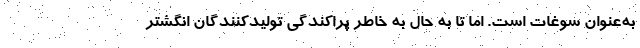
به‌عنوان سوغات است. اما تا به حال به خاطر پراکندگی تولیدکنندگان انگشتر